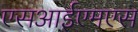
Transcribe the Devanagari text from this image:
एसआईएमएस